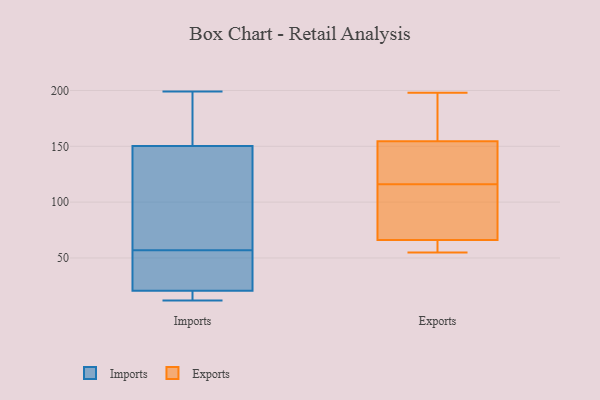
{"axis": {"x": "Backlog", "y": "Value"}, "legend": ["Exports", "Imports"], "data": [{"x": "", "y": 20, "type": "Imports"}, {"x": "", "y": 21, "type": "Imports"}, {"x": "", "y": 148, "type": "Imports"}, {"x": "", "y": 12, "type": "Imports"}, {"x": "", "y": 54, "type": "Imports"}, {"x": "", "y": 86, "type": "Imports"}, {"x": "", "y": 57, "type": "Imports"}, {"x": "", "y": 41, "type": "Imports"}, {"x": "", "y": 199, "type": "Imports"}, {"x": "", "y": 167, "type": "Imports"}, {"x": "", "y": 16, "type": "Imports"}, {"x": "", "y": 133, "type": "Imports"}, {"x": "", "y": 157, "type": "Imports"}, {"x": "", "y": 174, "type": "Exports"}, {"x": "", "y": 65, "type": "Exports"}, {"x": "", "y": 58, "type": "Exports"}, {"x": "", "y": 144, "type": "Exports"}, {"x": "", "y": 71, "type": "Exports"}, {"x": "", "y": 59, "type": "Exports"}, {"x": "", "y": 62, "type": "Exports"}, {"x": "", "y": 162, "type": "Exports"}, {"x": "", "y": 95, "type": "Exports"}, {"x": "", "y": 141, "type": "Exports"}, {"x": "", "y": 110, "type": "Exports"}, {"x": "", "y": 120, "type": "Exports"}, {"x": "", "y": 69, "type": "Exports"}, {"x": "", "y": 190, "type": "Exports"}, {"x": "", "y": 116, "type": "Exports"}, {"x": "", "y": 55, "type": "Exports"}, {"x": "", "y": 143, "type": "Exports"}, {"x": "", "y": 158, "type": "Exports"}, {"x": "", "y": 198, "type": "Exports"}]}